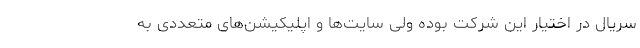
سریال در اختیار این شرکت بوده ولی سایت‌ها و اپلیکیشن‌های متعددی به